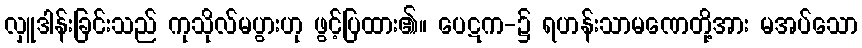
လှူဒါန်းခြင်းသည် ကုသိုလ်မပွားဟု ဖွင့်ပြထား၏။ ပေဋက-၌ ရဟန်းသာမဏေတို့အား မအပ်သော